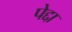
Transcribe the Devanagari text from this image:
पेद्दा